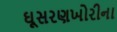
ઘૂસરણખોરીના